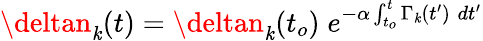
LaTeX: \deltan_{\mathit{k}}(t)=\deltan_{\mathit{k}}(t_{o})\; e^{-\alpha\int_{t_{o}}^{t}\Gamma_{\mathit{k}}(t^{\prime})\; dt^{\prime}}